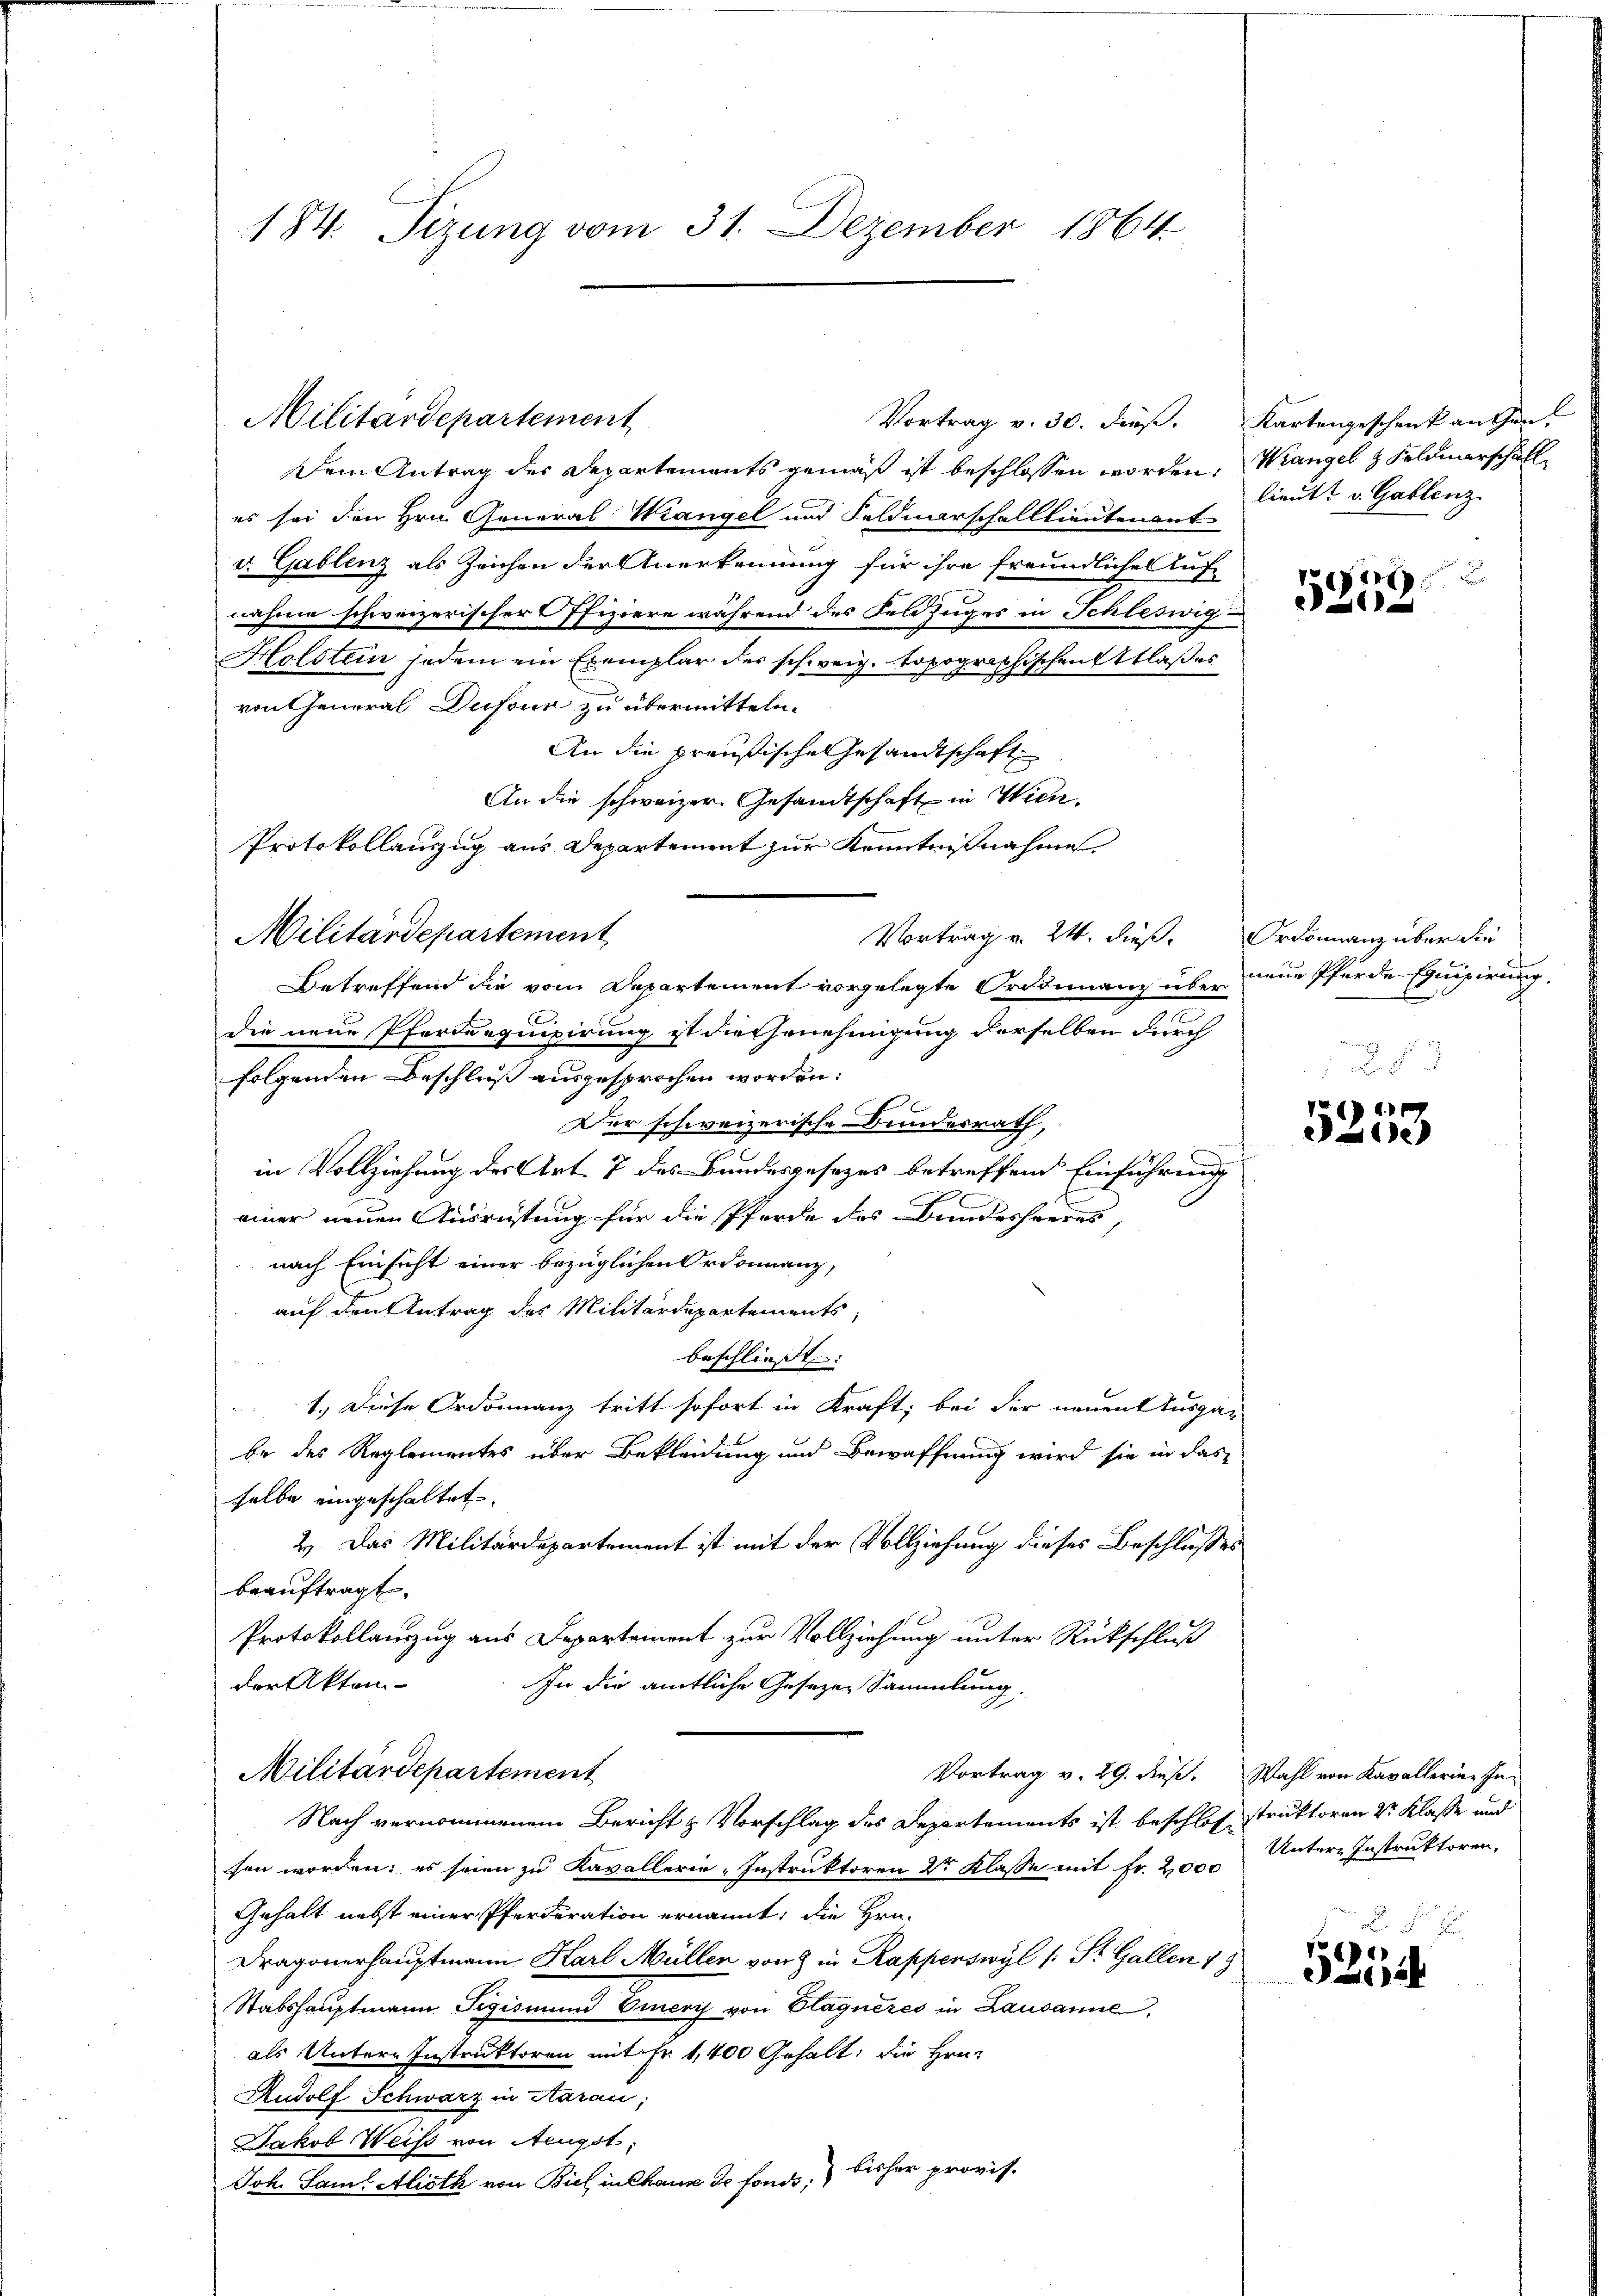
184. Tizung vom 31. Dezember 1864.

Militärdepartement

Vortrag v. 30. dieß. Kartengeschenk angen.

Dem Antrag des Departements gemäß ist beschlossen worden. Wangel & Feldmerschäll
es sei den Hrn. General Wrangel und Feldmarschalllieutenant
v. Gablenz als Zeichen der Anerkennung für ihre freundliche Auf-
nahme schweizerischer Pfiziere während des Feldzuges in Schleswig-
Holstein jedem ein Exemplar der schweiz. topographischen Atlasses
von General Dufour zu übermitteln.
An die preußische Gesandtschaft
An die schweizer Gesandtschaft in Wien.
Protokollanzug aus Departement zur Kenntnißnahme
Militärdepartement
Vortrag v. 24. dieß. Ordonnanz über die
Betreffend die vom Departement vorgelegte Ordinanz über neue Pferde Equipirung
die neue Pfarranquipirung ist die Genehmigung derselben durch
folgenden Beschluß ausgesprochen worden:
Der schweizerische Bundesrath,
e
in Vollziehung der Art. 7 des Bundesgesezes betreffend Einführung
einer neuen Ausreistung für die Pferde des Bundesheeres,
nach Einsicht einer bezüglichen Ordonnanz,
auf den Antrag des Militärdepartements,
beschließt:
1.) Diese Ordonnanz tritt sofort in Kraft; bei der neuent Ausgan
be des Reglementes über Bekleidung und Bewaffnung wird sie in das
selbe eingeschaltet.
2.) Das Militärdepartement ist mit der Vollziehung dieses Beschlusses
beauftragt.
Protokollanzug aus Departemont zur Vollziehung unter Rückschluß
der Akten-
In die amtliche Gesezen Sammlung.
Militärdepartement
Vortrag v. 29. dieß. Wahl von Kavallerien In-
Nach vernommenem Bericht & Vorschlag des Departements ist beschlos struktoren Sr. Klasse und
sen worden; es seien zu Kavallerie-Instruktoren 2tr Klasse mit Fr. 2,000
Gehalt nebst einer Pferderation ernannt, die Hrn.
Dragonerhauptmann Karl Müllen von & in Rapperswyl (: St. Gallen 19
Stabshauptmann Sigismund Eiery von Stagneres in Lausanne,
als Untere Instruktoren mit Fr. 1,400 Gehalt; die Hrn.
Rudolf Schwarz in Aarau;
Jakob Weise von Aeugst:
Joh. Saml Alioth von Biel, in Chaus de fonds, bisher provis.

lieutt v. Gablenz
Ver

1

.

)
eale

Untere Instruktoren,

5254